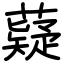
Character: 薿